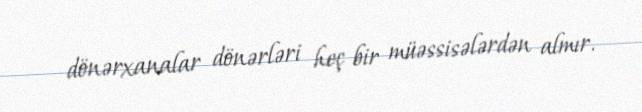
dönərxanalar dönərləri heç bir müəssisələrdən almır.